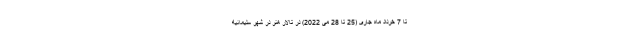
تا 7 خرداد ماه جاری (25 تا 28 می 2022) در تالار هنر در شهر سليمانيه